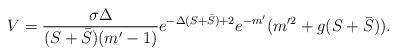
LaTeX: \begin{align*}V = \frac{\sigma \Delta}{(S+\bar S)(m'-1)}e^{-\Delta (S + \bar S)+2}e^{-m'} (m'^2+g(S+\bar S)) .\end{align*}